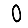
Digit: 0